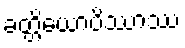
ခတ္တိယောပိဿာဿ